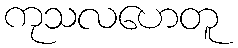
ကုသလဟေတူ